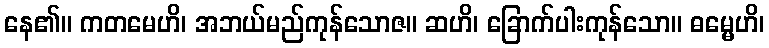
နေ၏။ ကတမေဟိ၊ အဘယ်မည်ကုန်သောဇ။ ဆဟိ၊ ခြောက်ပါးကုန်သော။ ဓမ္မေဟိ၊